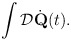
\begin{align*}\int {\cal D}\dot {\bf Q}(t).\end{align*}